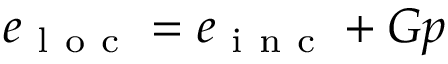
e _ { \mathrm { ~ l ~ o ~ c ~ } } = e _ { \mathrm { ~ i ~ n ~ c ~ } } + G p